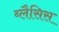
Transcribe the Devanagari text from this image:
ब्लैसिस